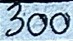
300